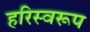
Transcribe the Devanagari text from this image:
हरिस्वरूप